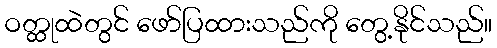
ဝတ္ထုထဲတွင် ဖော်ပြထားသည်ကို တွေ့နိုင်သည်။